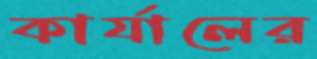
কার্যালের